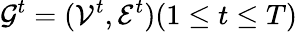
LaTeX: \mathcal{G}^{t}=(\mathcal{V}^{t},\mathcal{E}^{t})(1\leq t\leq T)